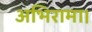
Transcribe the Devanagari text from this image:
अभिरामा।